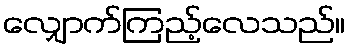
လျှောက်ကြည့်လေသည်။